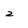
Character: 2